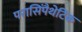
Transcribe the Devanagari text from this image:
परासिंपैथेटिक